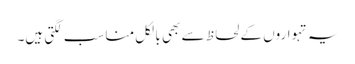
یہ تہواروں کے لحاظ سے بھی بالکل مناسب لگتی ہیں۔